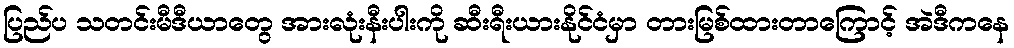
ပြည်ပ သတင်းမီဒီယာတွေ အားလုံးနီးပါးကို ဆီးရီးယားနိုင်ငံမှာ တားမြစ်ထားတာကြောင့် အဲဒီကနေ